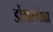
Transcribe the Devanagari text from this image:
डोंगरापेक्षा